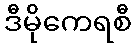
ဒီမိုကေရစီ